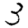
Digit: 3